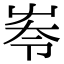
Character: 𡴔